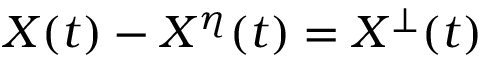
X ( t ) - X ^ { \eta } ( t ) = X ^ { \bot } ( t )